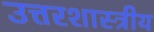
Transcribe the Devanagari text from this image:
उत्तरशास्त्रीय